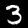
Label: 3